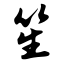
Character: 笙